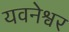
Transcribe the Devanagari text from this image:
यवनेश्वर